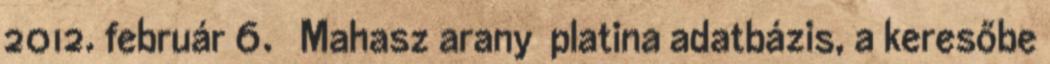
2012. február 6. ↑ Mahasz arany platina adatbázis, a keresőbe